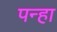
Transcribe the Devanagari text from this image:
पन्हा